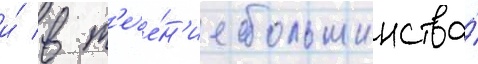
и́ в т'ече́н'ие большинства́